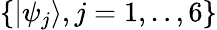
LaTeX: \{ |\psi_{j}\rangle,j=1,..,6\}